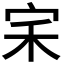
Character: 𭓦